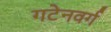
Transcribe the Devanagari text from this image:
गटेनवर्ग